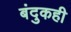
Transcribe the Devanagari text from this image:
बंदुकही